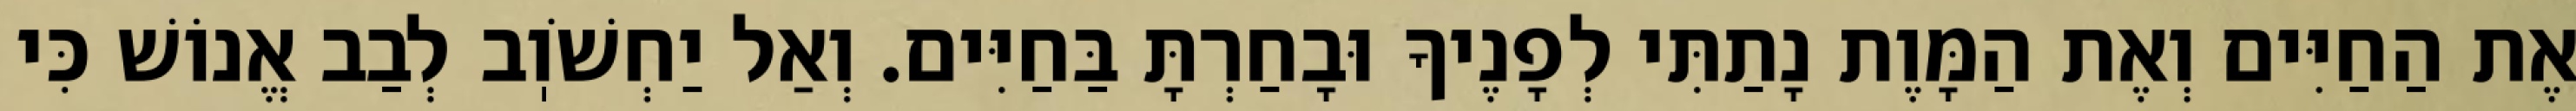
אֶת הַחַיִּים וְאֶת הַמָּוֶת נָתַתִּי לְפָנֶיךָ וּבָחַרְתָּ בַּחַיִּים. וְאַל יַחְשֹׁוֽב לְבַב אֱנוֹשׁ כִּי